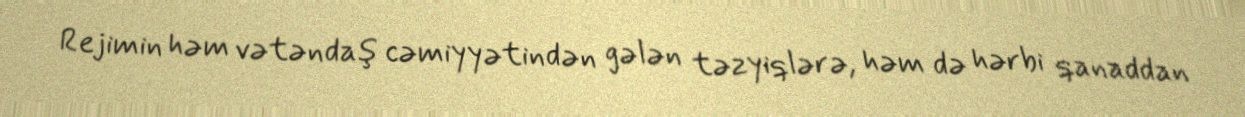
Rejimin həm vətəndaş cəmiyyətindən gələn təzyiqlərə, həm də hərbi qanaddan